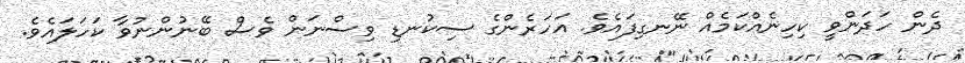
ދެން ހަދަންވީ ކިހިނެއްކަމެއް ނޭނގިފައެވެ. އަހަރެންގެ ސިކުނޑި ވިސްނަން ވެސް ބޭނުންނުވާ ކަހަލައެވެ.